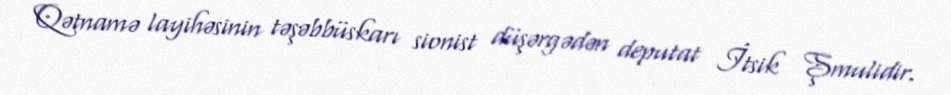
Qətnamə layihəsinin təşəbbüskarı sionist düşərgədən deputat İtsik Şmulidir.